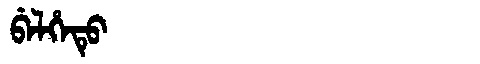
Manchu: ᠪᡝᠯᡥᡝᡨᡠ
Romanization: BELHETU